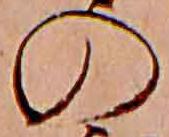
の